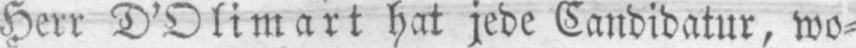
Herr D’Olimart hat jede Candidatur, wo⸗